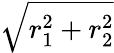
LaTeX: \sqrt{r_{1}^{2}+r_{2}^{2}}